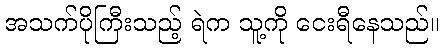
အသက်ပိုကြီးသည့် ရဲက သူ့ကို ငေးရီနေသည်။